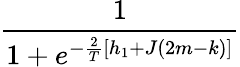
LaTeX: \frac{1}{1+e^{-\frac{2}{T}[h_{1}+J(2m-k)]}}